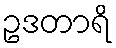
ဥဒတာရိ